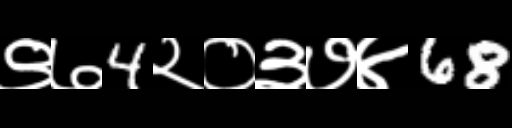
Text: ९७4२०३७४68